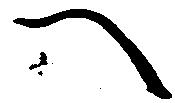
へ